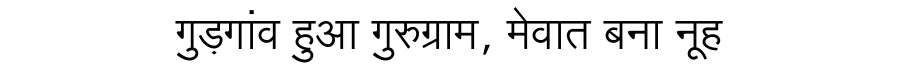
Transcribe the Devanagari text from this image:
गुड़गांव हुआ गुरुग्राम, मेवात बना नूह